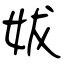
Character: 妭